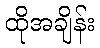
ထိုအချိန်း